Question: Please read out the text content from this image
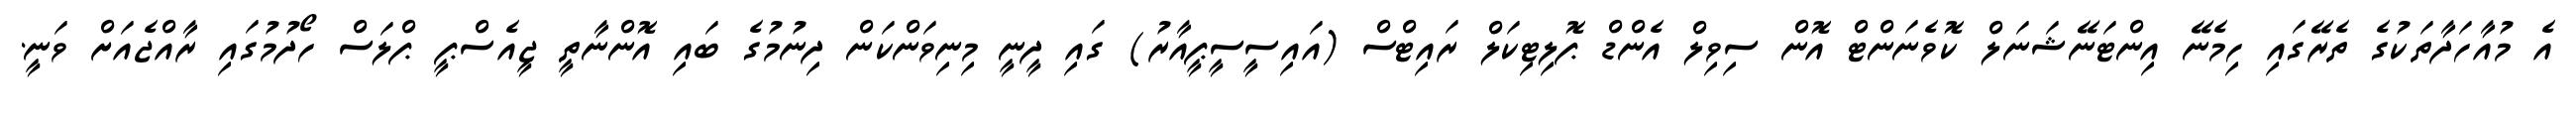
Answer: އެ މުއާހަދާތަކުގެ ތެރޭގައި ހިމެނޭ އިންޓަނޭޝަނަލް ކޮވެނަންޓް އޮން ސިވިލް އެންޑް ޕޮލިޓިކަލް ރައިޓްސް (އައިސީސީޕީއާރު) ގައި ދީނީ މިނިވަންކަން ދިނުމުގެ ބައި އޮންނާތީ ޖީއެސްޕީ ޕްލަސް ހޯދުމުގައި ރާއްޖެއަށް ވަނީ.